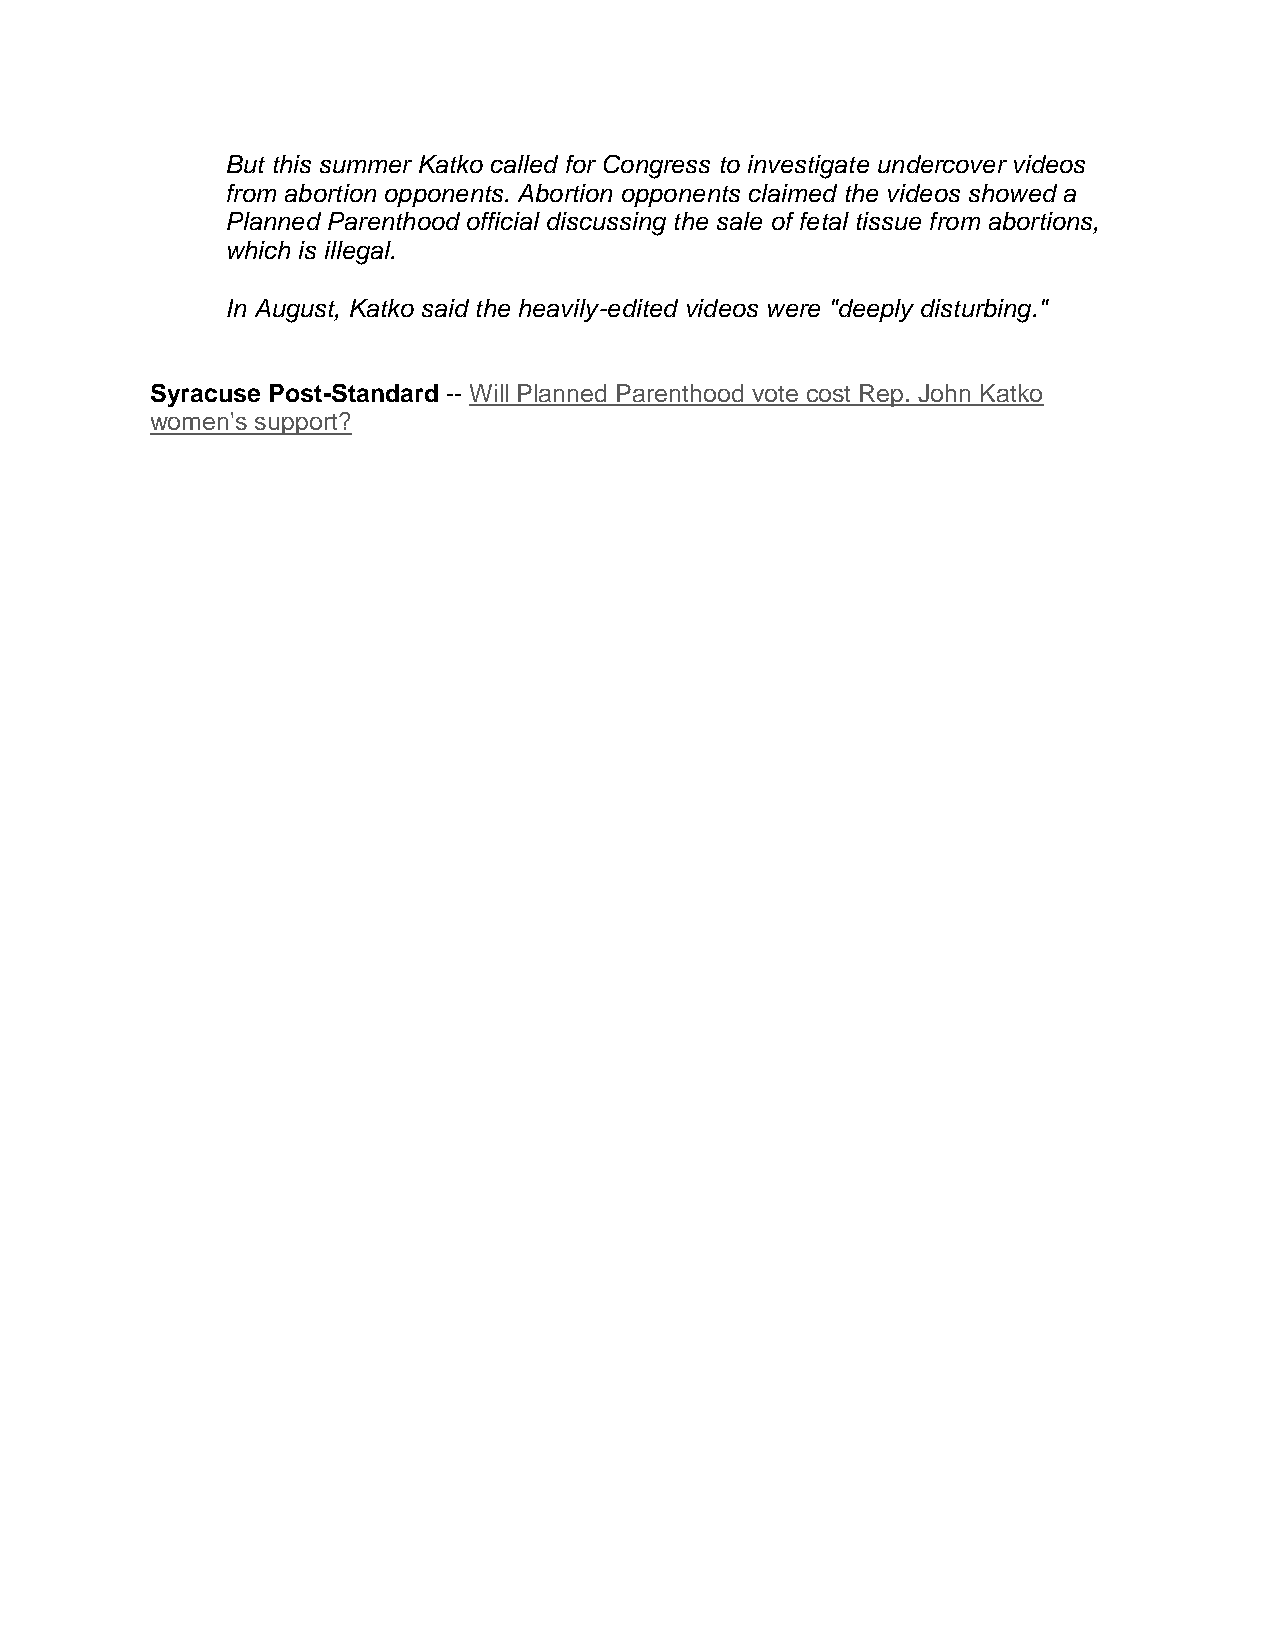
But this summer Katko called for Congress to investigate undercover videos
 from abortion opponents. Abortion opponents claimed the videos showed a
 Planned Parenthood official discussing the sale of fetal tissue from abortions,
 which is illegal.
 In August, Katko said the heavily-edited videos were "deeply disturbing."
 Syracuse Post-Standard -- Will Planned Parenthood vote cost Rep. John Katko
 women's support?